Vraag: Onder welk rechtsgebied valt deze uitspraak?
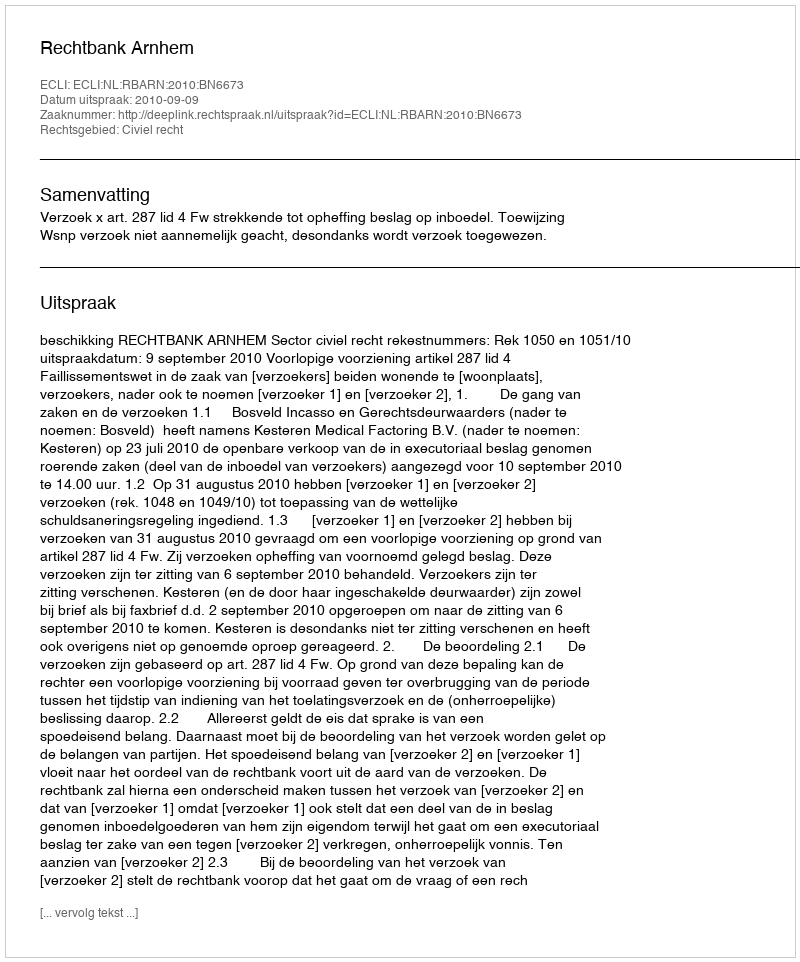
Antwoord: Civiel recht